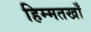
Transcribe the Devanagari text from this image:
हिम्मतखाँ